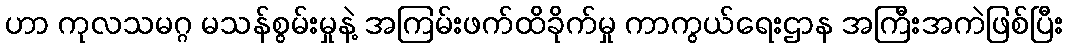
ဟာ ကုလသမဂ္ဂ မသန်စွမ်းမှုနဲ့ အကြမ်းဖက်ထိခိုက်မှု ကာကွယ်ရေးဌာန အကြီးအကဲဖြစ်ပြီး